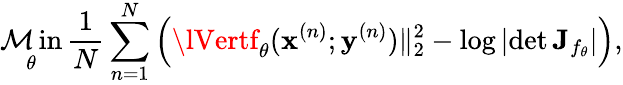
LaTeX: \underset{\theta}{\operatorname*{\mathcal{M}in}}\, \frac{{1}}{{N}}\sum_{n=1}^{N}\left(\lVertf_{\theta}(\mathbf{{x}}^{(n)};\mathbf{{y}}^{(n)})\rVert_{2}^{2}-\log\left|\operatorname*{det}{\mathbf{{J}}_{f_{\theta}}}\right|\right),